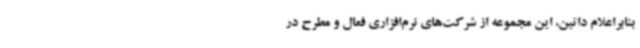
بنابراعلام داتین، این مجموعه از شرکت‌های نرم‌افزاری فعال و مطرح در